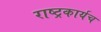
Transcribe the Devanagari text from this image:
राष्ट्रकार्यच